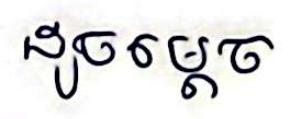
ដូចម្ដេច